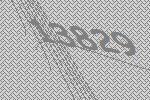
13829